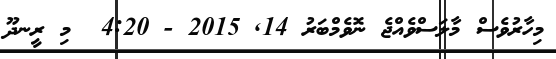
މިހާރުވެސް މާލަސްވެއްޖެ ނޮވެމްބަރު 14